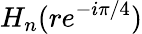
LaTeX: H_{n}(re^{-i\pi/4})